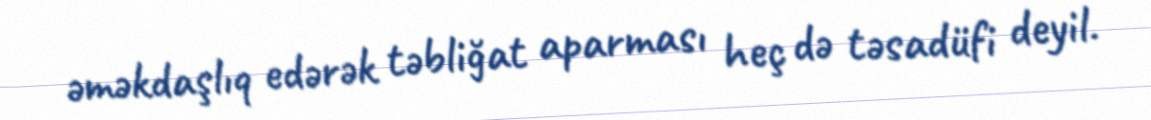
əməkdaşlıq edərək təbliğat aparması heç də təsadüfi deyil.